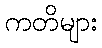
ကတိများ